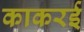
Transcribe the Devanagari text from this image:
काकरई